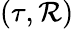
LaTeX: (\tau,\mathcal{R})